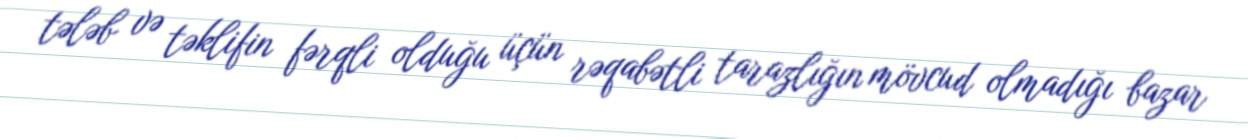
tələb və təklifin fərqli olduğu üçün rəqabətli tarazlığın mövcud olmadığı bazar